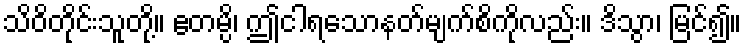
သိဝိတိုင်းသူတို့။ ဧတမ္ပိ၊ ဤငါရသောနတ်မျက်စိကိုလည်း။ ဒိသွာ၊ မြင်၍။